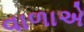
વાળાએ